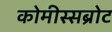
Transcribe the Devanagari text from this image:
कोमीस्सब्रोट